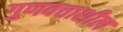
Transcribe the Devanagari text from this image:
गुणवत्ताशील